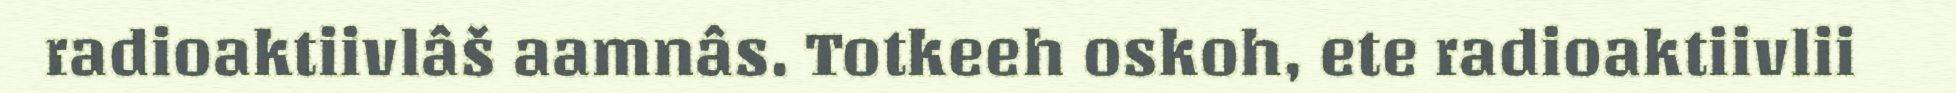
radioaktiivlâš aamnâs. Totkeeh oskoh, ete radioaktiivlii